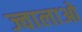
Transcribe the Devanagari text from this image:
ज्वालाओ